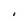
Character: I